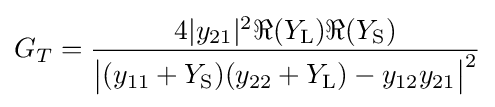
G_{T}={\frac {4|y_{21}|^{2}\Re {(Y_{\mathrm {L} })}\Re {(Y_{\mathrm {S} })}}{{\bigl |}(y_{11}+Y_{\mathrm {S} })(y_{22}+Y_{\mathrm {L} })-y_{12}y_{21}{\bigr |}^{2}}}